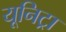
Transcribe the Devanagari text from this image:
यूनिट्रा